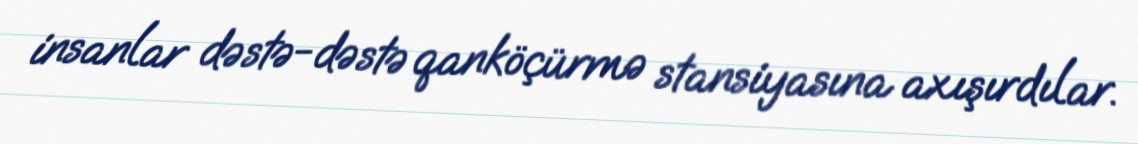
insanlar dəstə-dəstə qanköçürmə stansiyasına axışırdılar.